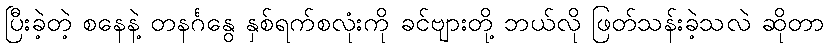
ပြီးခဲ့တဲ့ စနေနဲ့ တနင်္ဂနွေ နှစ်ရက်စလုံးကို ခင်ဗျားတို့ ဘယ်လို ဖြတ်သန်းခဲ့သလဲ ဆိုတာ